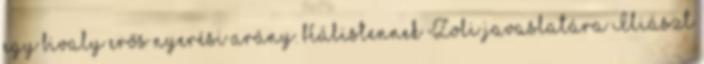
egy bivaly erős nyerési arány. Hálistennek Zoli javaslatára Iliászt